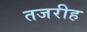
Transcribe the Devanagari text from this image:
तजरीह